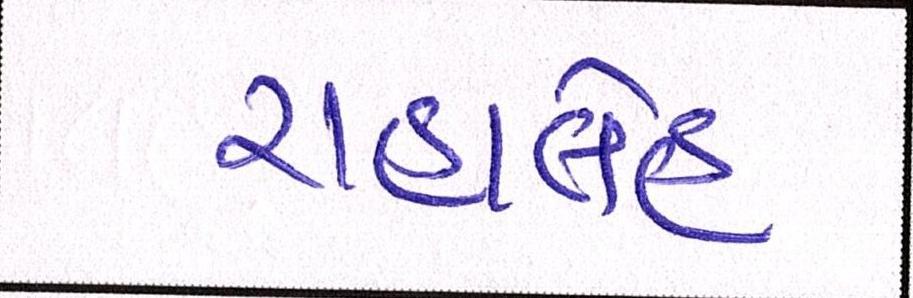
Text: રાહાલેહ